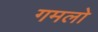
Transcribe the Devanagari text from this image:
गमलो